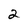
Character: 2